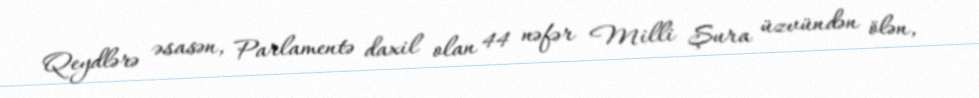
Qeydlərə əsasən, Parlamentə daxil olan 44 nəfər Milli Şura üzvündən ölən,